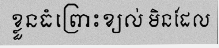
ខ្លួនធំព្រោះខ្យល់ មិនដែល